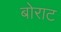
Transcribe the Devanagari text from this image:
बोराट